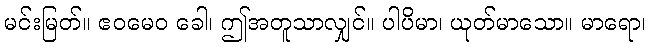
မင်းမြတ်။ ဧဝမေဝ ခေါ၊ ဤအတူသာလျှင်။ ပါပိမာ၊ ယုတ်မာသော။ မာရော၊